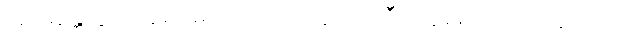
အာမန္တေတွာ၊ ခေါ်၍။ မဟာသေဋ္ဌိ၊ သူဌေးကြီး။ ဣဓေဝ၊ ဤအိမ်၌လျှင်။